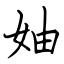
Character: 妯